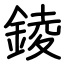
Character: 錂